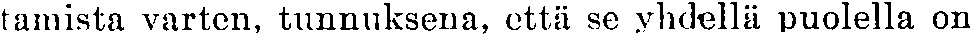
tamista varten, tunnuksena, että se yhdellä puolella on